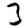
Digit: 3